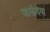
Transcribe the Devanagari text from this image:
जाऊंदया